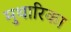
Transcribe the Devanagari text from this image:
मुथारिका